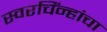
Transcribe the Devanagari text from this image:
स्वरचिंन्हांचा